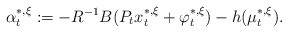
\begin{align*}\alpha^{*,\xi}_t:=-R^{-1}B(P_tx^{*,\xi}_t+\varphi_t^{*,\xi})-h(\mu_t^{*,\xi}).\end{align*}